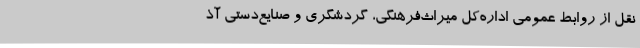
نقل از روابط عمومی اداره‌کل میراث‌فرهنگی، گردشگری و صنایع‌دستی آذ